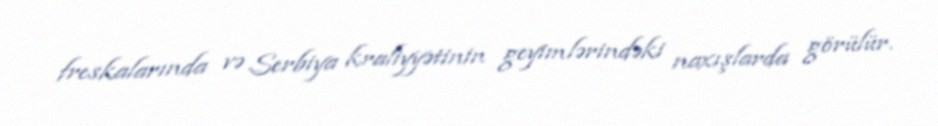
freskalarında və Serbiya kraliyyətinin geyimlərindəki naxışlarda görülür.